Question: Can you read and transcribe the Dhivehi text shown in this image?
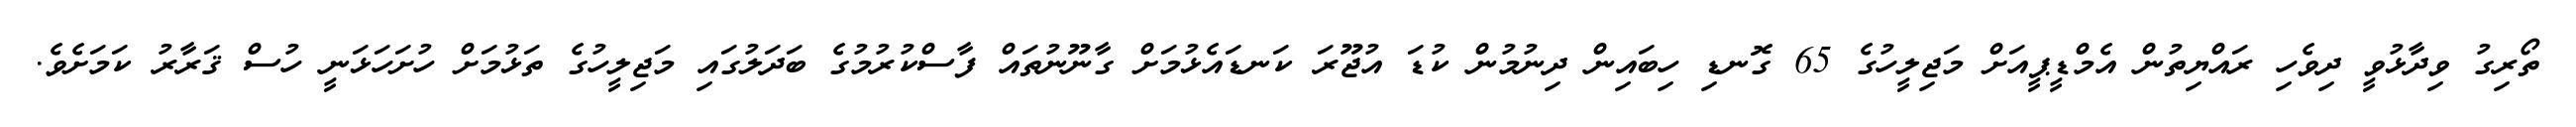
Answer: ތޯރިގު ވިދާޅުވީ ދިވެހި ރައްޔިތުން އެމްޑީޕީއަށް މަޖިލީހުގެ 65 ގޮނޑި ހިބައިން ދިނުމުން ކުޑަ އުޖޫރަ ކަނޑައެޅުމަށް ގާނޫނުތައް ފާސްކުރުމުގެ ބަދަލުގައި މަޖިލީހުގެ ތަޅުމަށް ހުށަހަޅަނީ ހުސް ޤަރާރު ކަމަށެވެ.